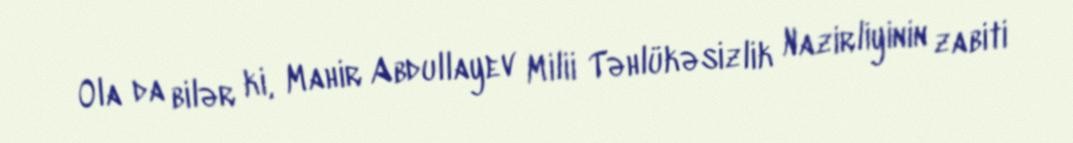
Ola da bilər ki, Mahir Abdullayev Milii Təhlükəsizlik Nazirliyinin zabiti